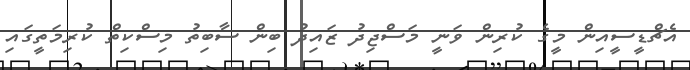
އެޗްޑީސީއިން މީގެ ކުރިން ވަނީ މަސްޖިދު ޒައިދު ބިން ސާބިތު މިސްކިތް ކުރިމަތީގައި